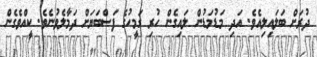
ދުރަށް ބަލައިލިއެވެ. އަދި މަޑުމަޑުން ލައިގެން ހުރި ގަމީހުގެ ފަސްބަޔަށް ދަމާލެވުނެވެ. ކީއްވެގެން